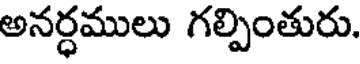
అనర్ధములు గల్పింతురు.